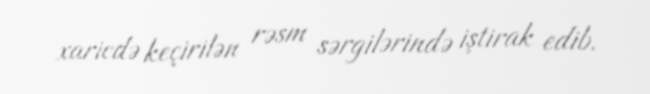
xaricdə keçirilən rəsm sərgilərində iştirak edib.